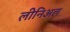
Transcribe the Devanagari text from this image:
लीनिअल